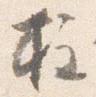
柱